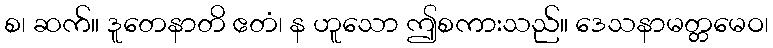
စ၊ ဆက်။ ဒူတေနာတိ ဧတံ၊ န ဟူသော ဤစကားသည်။ ဒေသနာမတ္တမေဝ၊